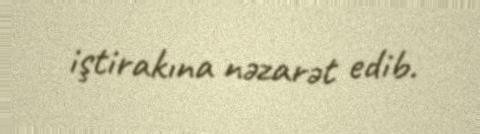
iştirakına nəzarət edib.